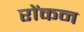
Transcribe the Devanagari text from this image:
रोंकन